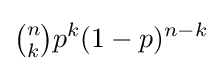
{\tbinom {n}{k}}p^{k}(1-p)^{n-k}